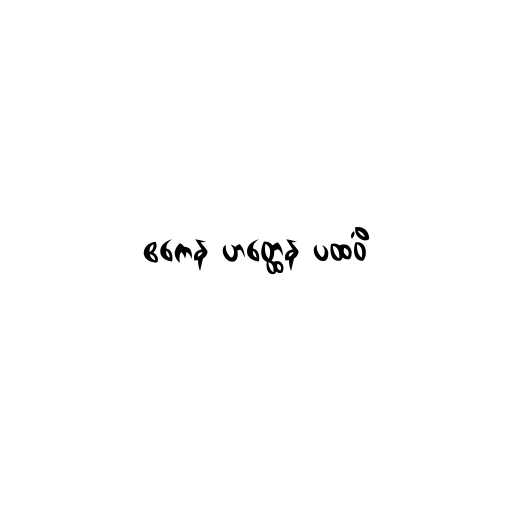
ဧကေန ဟတ္ထေန ပထဝိံ